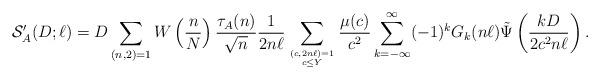
LaTeX: \begin{align*}\mathcal S'_A(D;\ell)=D \sum_{(n,2)=1} W\left(\frac n N\right) \frac{\tau_A(n)}{\sqrt{n}}\frac{1}{2n\ell}\sum_{(c,2n\ell)=1\atop c\le Y}\frac{\mu(c)}{c^2}\sum_{k = -\infty}^\infty (-1)^k G_k(n\ell) \tilde \Psi\left(\frac {kD}{2c^2n\ell}\right).\end{align*}